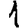
Digit: 1